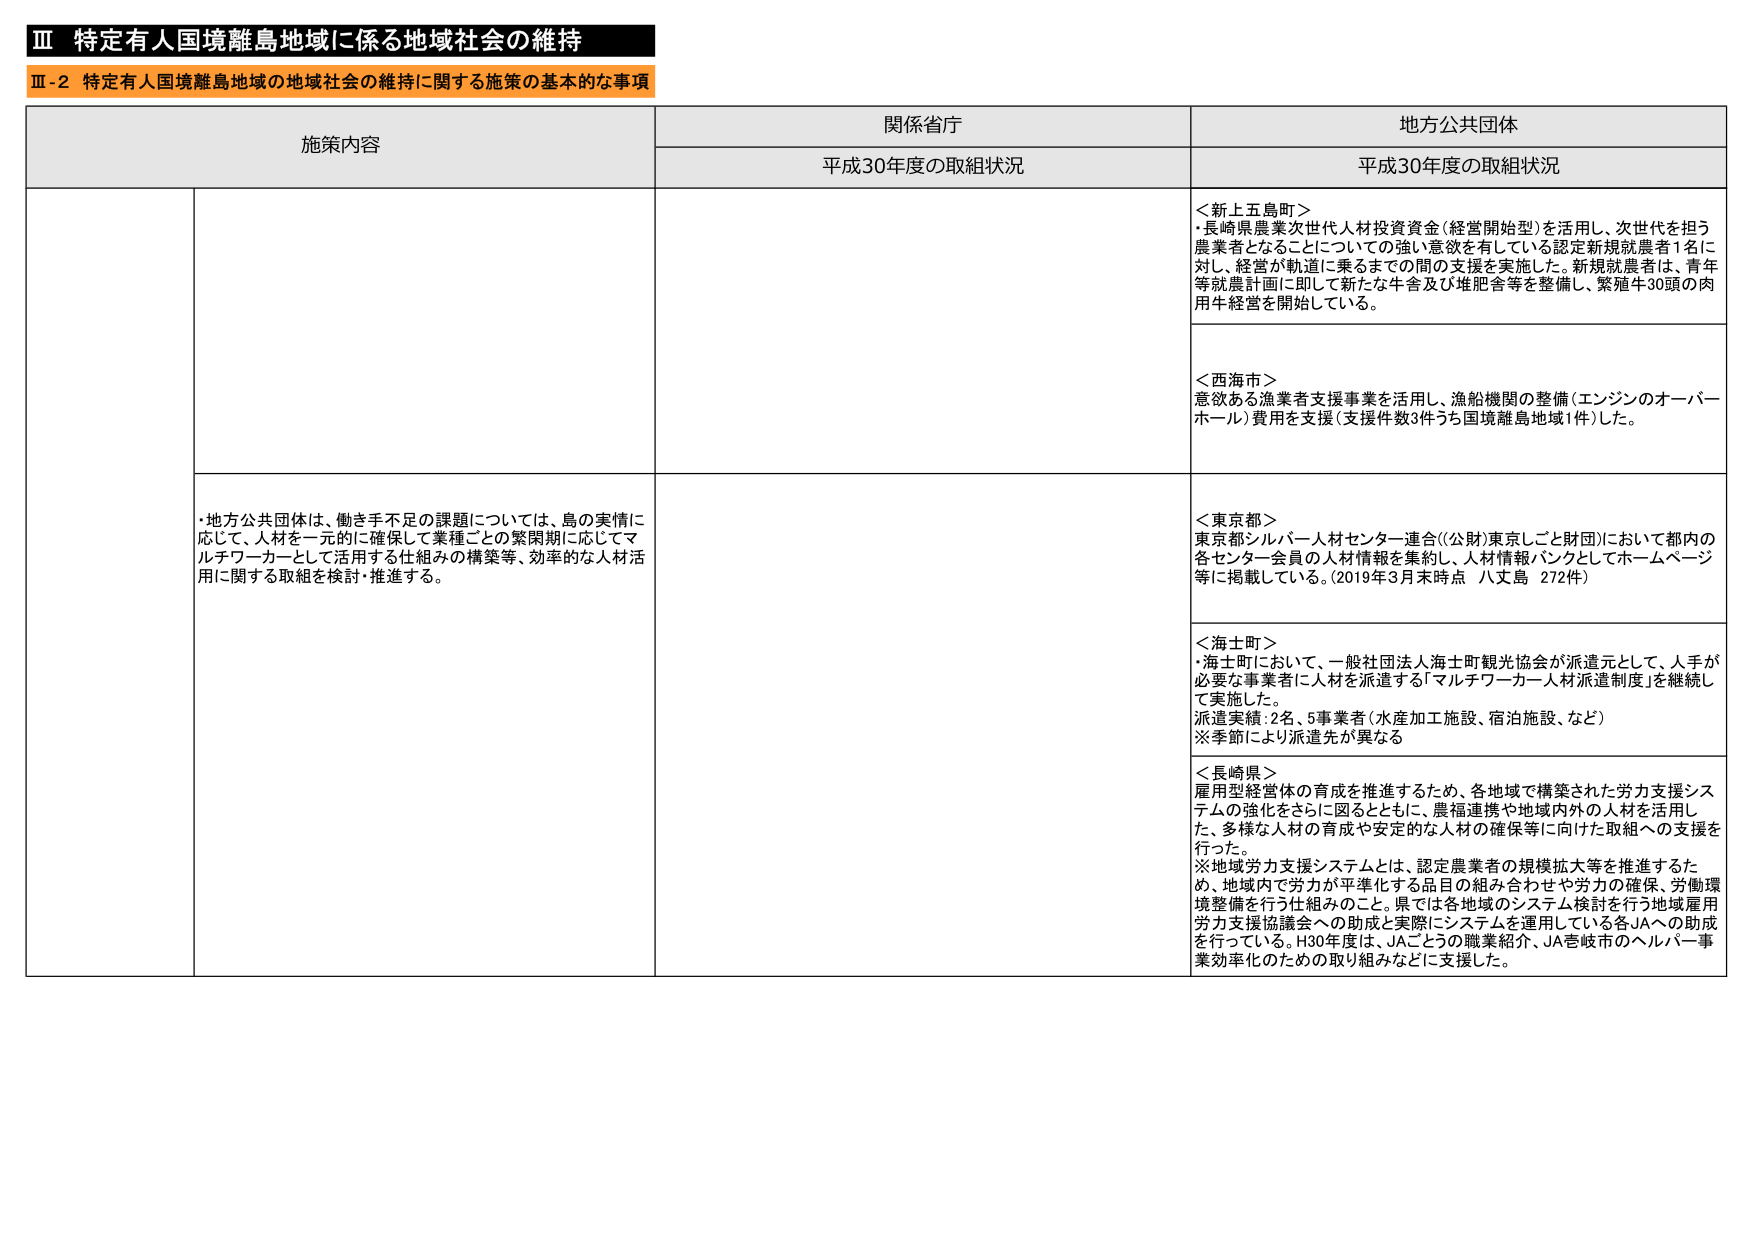
Ⅲ 特定有人国境離島地域に係る地域社会の維持
Ⅲ-2 特定有人国境離島地域の地域社会の維持に関する施策の基本的な事項

施策内容 関係省庁 地方公共団体
平成30年度の取組状況 平成30年度の取組状況

＜新上五島町＞
・長崎県農業次世代人材投資資金（経営開始型）を活用し、次世代を担う農業者となることについての強い意欲を有している認定新規就農者1名に対し、経営が軌道に乗るまでの間の支援を実施した。新規就農者は、青年等就農計画に即して新たな牛舎及び堆肥舎等を整備し、繁殖牛30頭の肉用牛経営を開始している。

＜西海市＞
意欲ある漁業者支援事業を活用し、漁船機関の整備（エンジンのオーバーホール）費用を支援（支援件数3件うち国境離島地域1件）した。

・地方公共団体は、働き手不足の課題については、島の実情に応じて、人材を一元的に確保して業種ごとの繁閑期に応じてマルチワーカーとして活用する仕組みの構築等、効率的な人材活用に関する取組を検討・推進する。

＜東京都＞
東京都シルバー人材センター連合（（公財）東京しごと財団）において都内の各センター会員の人材情報を集約し、人材情報バンクとしてホームページ等に掲載している。（2019年3月末時点 八丈島 272件）

＜海士町＞
・海士町において、一般社団法人海士町観光協会が派遣元として、人手が必要な事業者に人材を派遣する「マルチワーカー人材派遣制度」を継続して実施した。
派遣実績：2名、5事業者（水産加工施設、宿泊施設、など）
※季節により派遣先が異なる

＜長崎県＞
雇用型経営体の育成を推進するため、各地域で構築された労力支援システムの強化をさらに図るとともに、農福連携や地域内外の人材を活用した、多様な人材の育成や安定的な人材の確保等に向けた取組への支援を行った。
※地域労力支援システムとは、認定農業者の規模拡大等を推進するため、地域内で労力が平準化する品目の組み合わせや労力の確保、労働環境整備を行う仕組みのこと。県では各地域のシステム検討を行う地域雇用労力支援協議会への助成と実際にシステムを運用している各JAへの助成を行っている。H30年度は、JAごとうの職業紹介、JA壱岐市のヘルパー事業効率化のための取り組みなどに支援した。